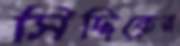
সিদ্দিকের